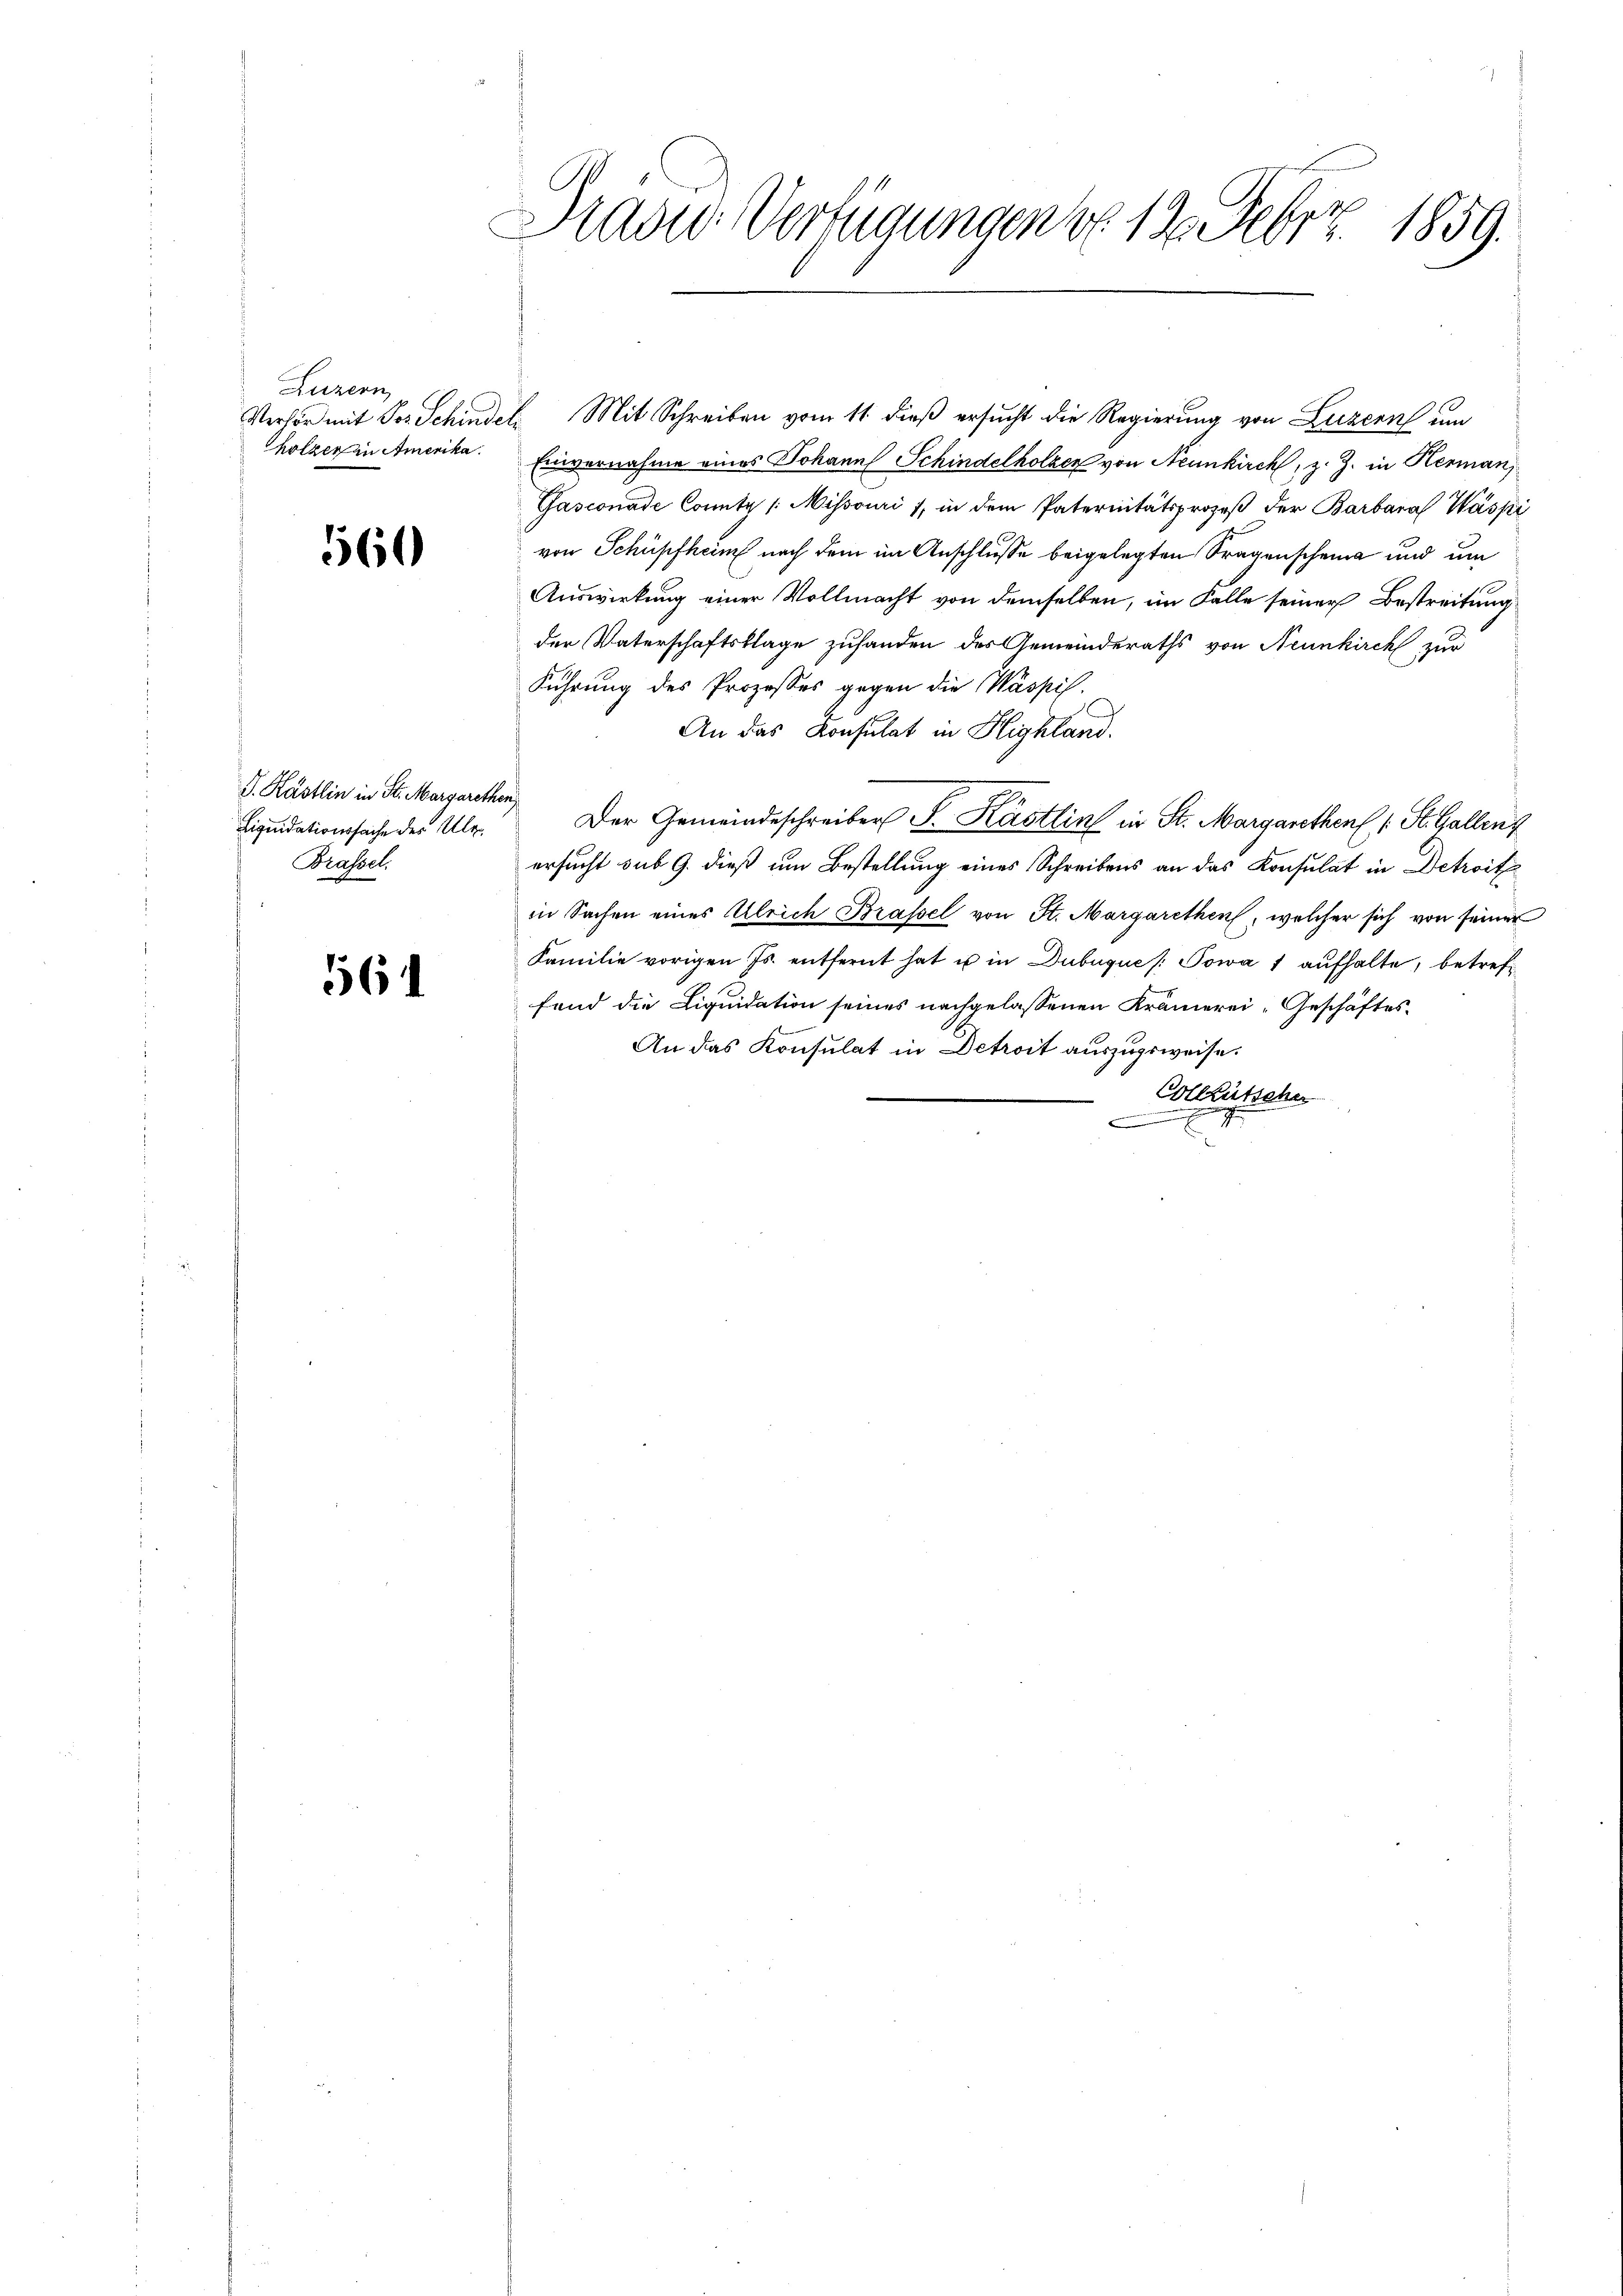
Luzern
Thölzer in Amerika.

560

P. Kästlin in St. Margarethen
Liquidationssache des Ale¬
Brassel.

561

H
Hradie Verfügungen v. 12. Febr. 1859.

Verhör mit Jos. Schindel, Mit Schreiben vom 11. dieß ersucht die Regierung von Luzern um
Einvernahme eines Johann Schindelholzer von Neunkirch, z. Z. in Herman
Gasconade Comitz /: Missouri / in dem Paternitätsprozeß der Barbara Waspi
von Schüpfheim nach dem im Anschlusse beigelegten Tragenscheine und um
Auswirkung einer Vollmacht von demselben, im Falle seiner Bestreitung
der Vaterschaftsklage zuhanden des Gemeinderaths von Neunkirch zur
Führung des Prozesses gegen die Waspis.
An das Konsulat in Highland.
Der Gemeindeschreiber P. Kästlin in St. Margarethen 1. St. Gallenz
ersucht sub 9. dieß um Bestellung eines Schreibens an das Konsulat in Detroit
in Sachen eines Ulrich Brassel von St. Margarethen, welcher sich von seiner
Familie vorigen Js. entfernt hat u in Dubuques Sowa 1 aufhalte, betreff
fand die Liquidation seines nachgelassenen Krämerei-Geschäftes.
An das Konsulat in Detroit auszugsweise.
Colleütscher
x